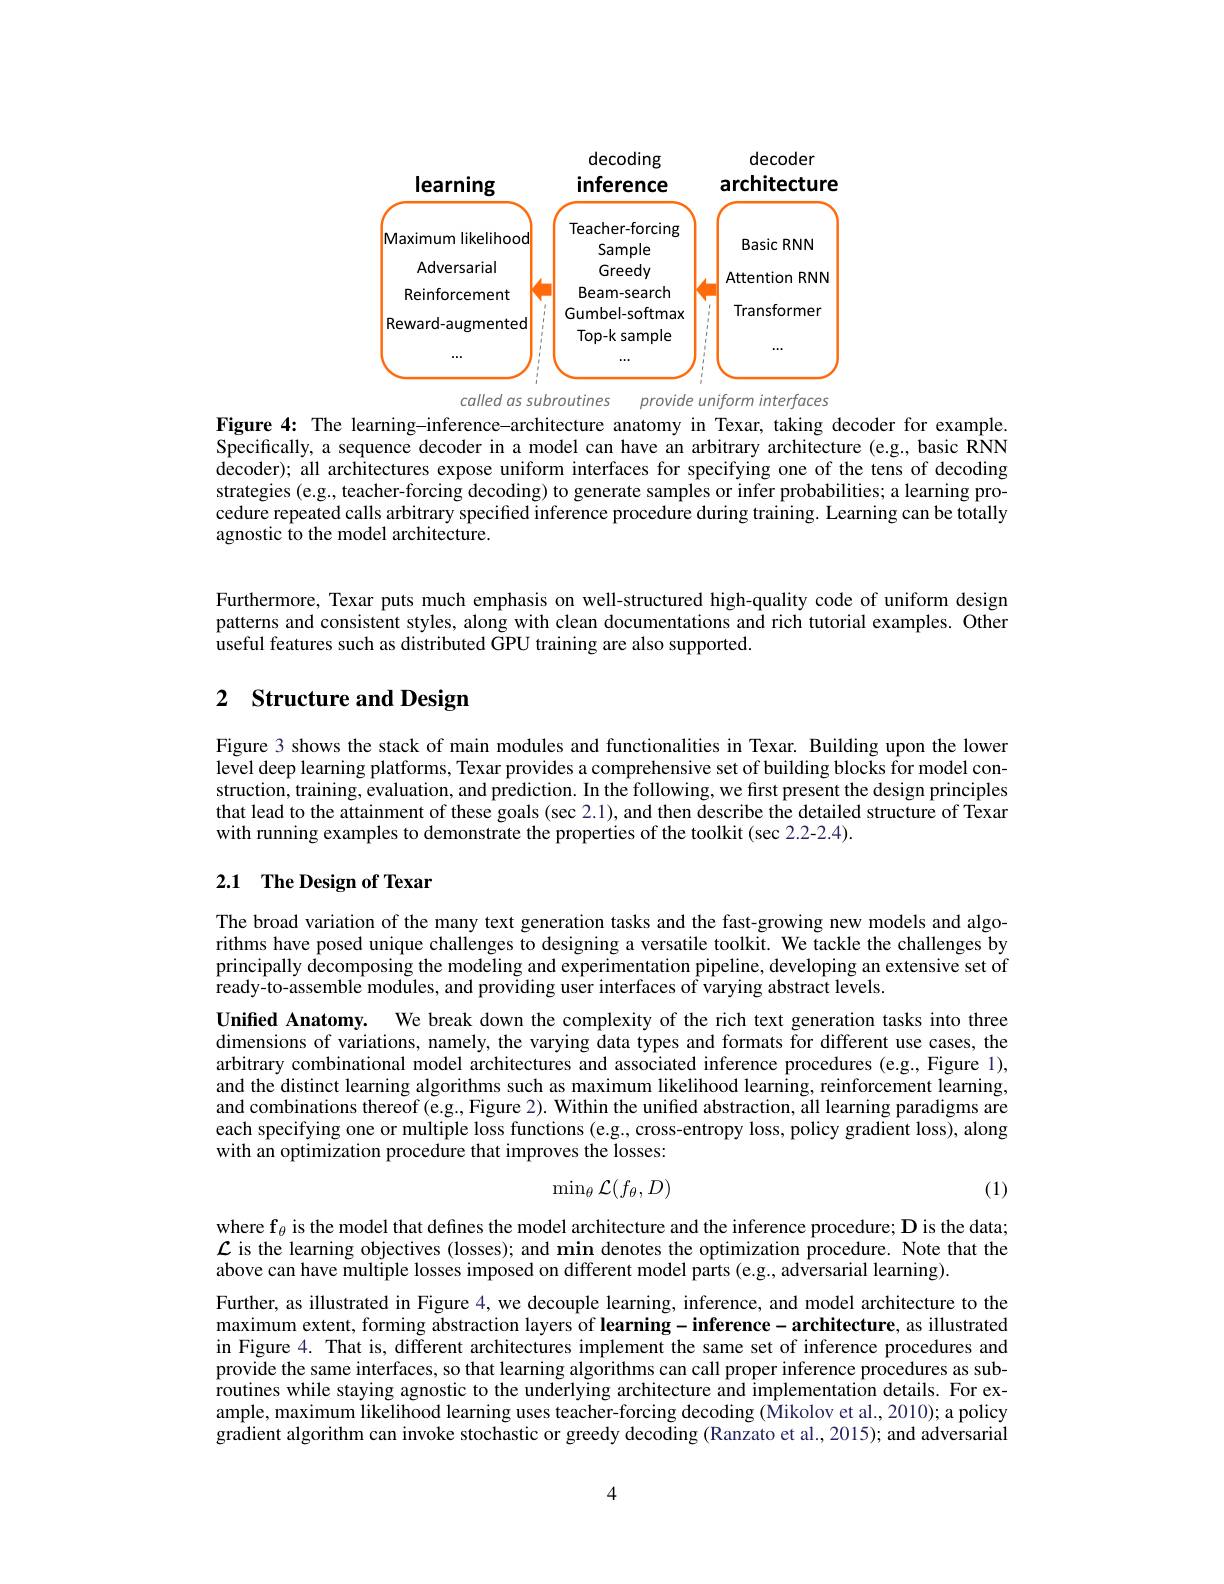
<FigureHere>

called as subroutines provide uniform interfaces
Figure 4: The learning-inference-architecture anatomy in Texar, taking decoder for example

Specifically, a sequence decoder in a model can have an arbitrary architecture (e.g., basic RNN decoder); all architectures expose uniform interfaces for specifying one of the tens of decoding strategies (e.g., teacher-forcing decoding) to generate samples or infer probabilities; a learning procedure repeated calls arbitrary specified inference procedure during training. Learning can be totally agnostic to the model architecture.

Furthermore, Texar puts much emphasis on well-structured high-quality code of uniform design patterns and consistent styles, along with clean documentations and rich tutorial examples. Other useful features such as distributed GPU training are also supported.

## 2 $\textbf{Structure and Design}$

Figure 3 shows the stack of main modules and functionalities in Texar. Building upon the lower level deep learning platforms, Texar provides a comprehensive set of building blocks for model construction, training, evaluation, and prediction. In the following, we first present the design principles that lead to the attainment of these goals (sec 2.1), and then describe the detailed structure of Texar with running examples to demonstrate the properties of the toolkit (sec 2.2-2.4).

## 2.1 $\textbf{The Design of Texar}$

The broad variation of the many text generation tasks and the fast-growing new models and algorithms have posed unique challenges to designing a versatile toolkit. We tackle the challenges by principally decomposing the modeling and experimentation pipeline, developing an extensive set of ready-to-assemble modules, and providing user interfaces of varying abstract levels.

Unified Anatomy. We break down the complexity of the rich text generation tasks into three dimensions of variations, namely, the varying data types and formats for different use cases, the arbitrary combinational model architectures and associated inference procedures (e.g., Figure 1), and the distinct learning algorithms such as maximum likelihood learning, reinforcement learning, and combinations thereof (e.g., Figure 2). Within the unified abstraction, all learning paradigms are each specifying one or multiple loss functions (e.g., cross-entropy loss, policy gradient loss), along with an optimization procedure that improves the losses:
$$\min_\theta\mathcal{L}(f_\theta,D)$$
(1)

where f$_\theta$ is the model that defines the model architecture and the inference procedure; D is the data; $\mathcal{L}$ is the learning objectives (losses); and min denotes the optimization procedure. Note that the above can have multiple losses imposed on different model parts (e.g., adversarial learning).

Further, as illustrated in Figure 4, we decouple learning, inference, and model architecture to the maximum extent, forming abstraction layers of learning- inference- architecture, as illustrated in Figure 4. That is, different architectures implement the same set of inference procedures and provide the same interfaces, so that learning algorithms can call proper inference procedures as sub- $\hat{\text{routines while staying agnostic to the underlying architecture and implementation details. For ex-}}$ ample, maximum likelihood learning uses teacher-forcing decoding (Mikolov et al., 2010); a policy gradient algorithm can invoke stochastic or greedy decoding (Ranzato et al., 2015); and adversarial

4